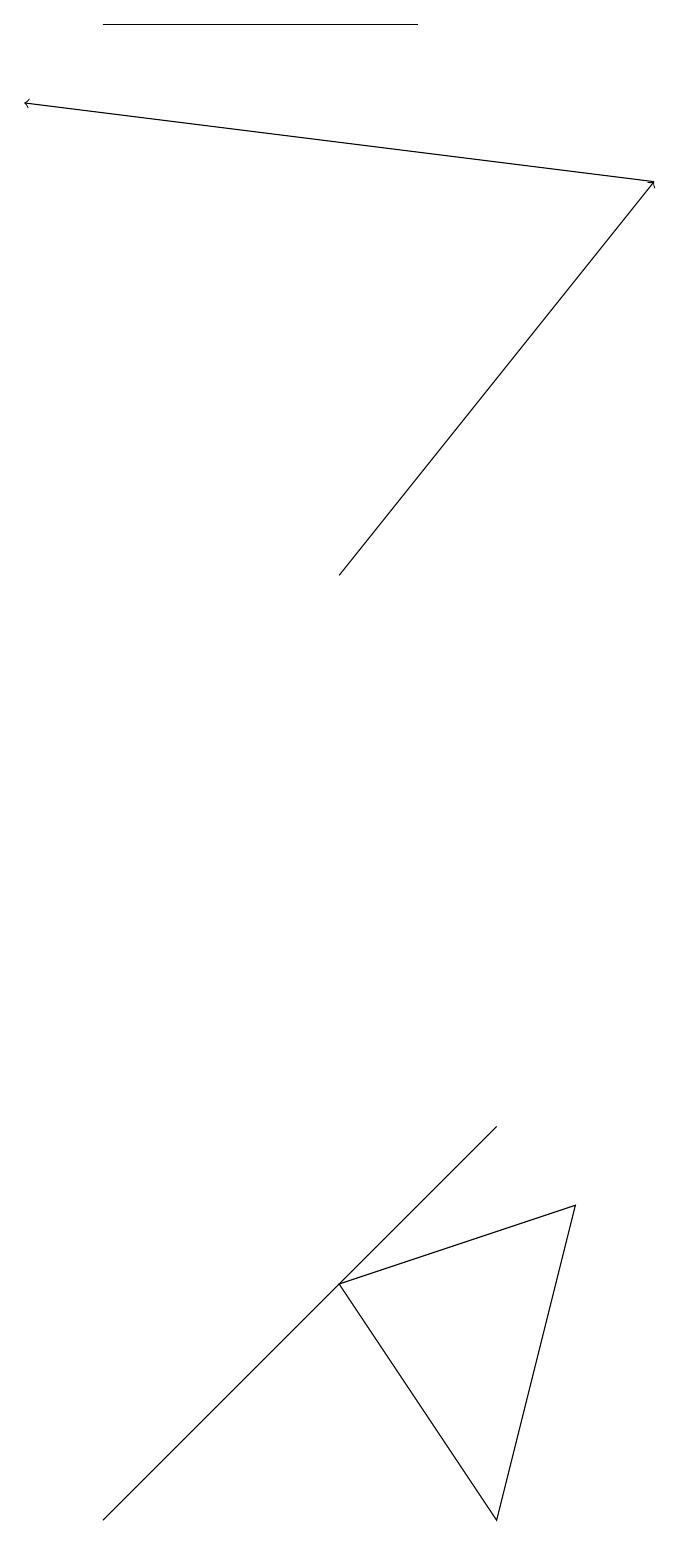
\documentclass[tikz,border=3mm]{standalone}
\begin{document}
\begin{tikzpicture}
\draw[->] (5,12) -- (9,17);
\draw (3,1) -- (2,0) -- (7,5) -- cycle;
\draw[->] (9,17) -- (1,18);
\draw (6,19) rectangle (2,19);
\draw (5,3) -- (7,0) -- (8,4) -- cycle;
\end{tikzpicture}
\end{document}